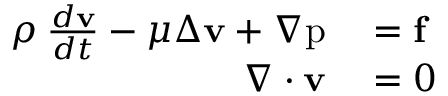
\begin{array} { r l } { \rho \: \frac { d \mathbf { v } } { d t } - \mu \Delta \mathbf { v } + \nabla \mathrm { p } } & { { } = \mathbf { f } } \\ { \nabla \cdot \mathbf { v } } & { { } = 0 } \end{array}